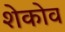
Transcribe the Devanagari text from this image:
शेकोव